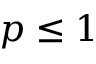
p \leq 1